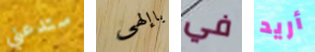
ستدعني ياإلهي في أريد